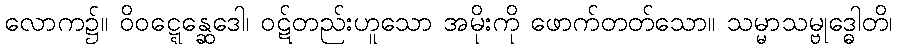
လောက၌။ ဝိဝဋ္ဋေန္ဆေဒေါ၊ ဝဋ်တည်းဟူသော အမိုးကို ဖောက်တတ်သော။ သမ္မာသမ္ဗုဒ္ဓေါတိ၊